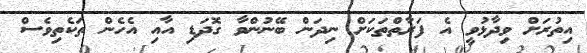
އިތުރަށް ވިދާޅުވީ އެ ފަރާތްތަކަށް ނިދަން ބޭނުންވާ ގޮދަޑި އާއި އެހެން ތަކެތިވެސް